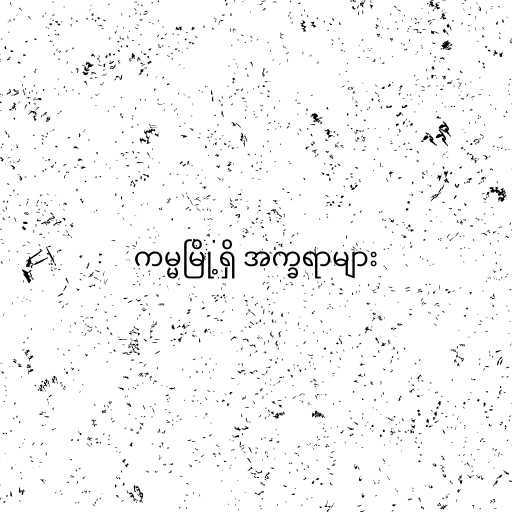
ကမ္မမြို့ရှိ အက္ခရာများ